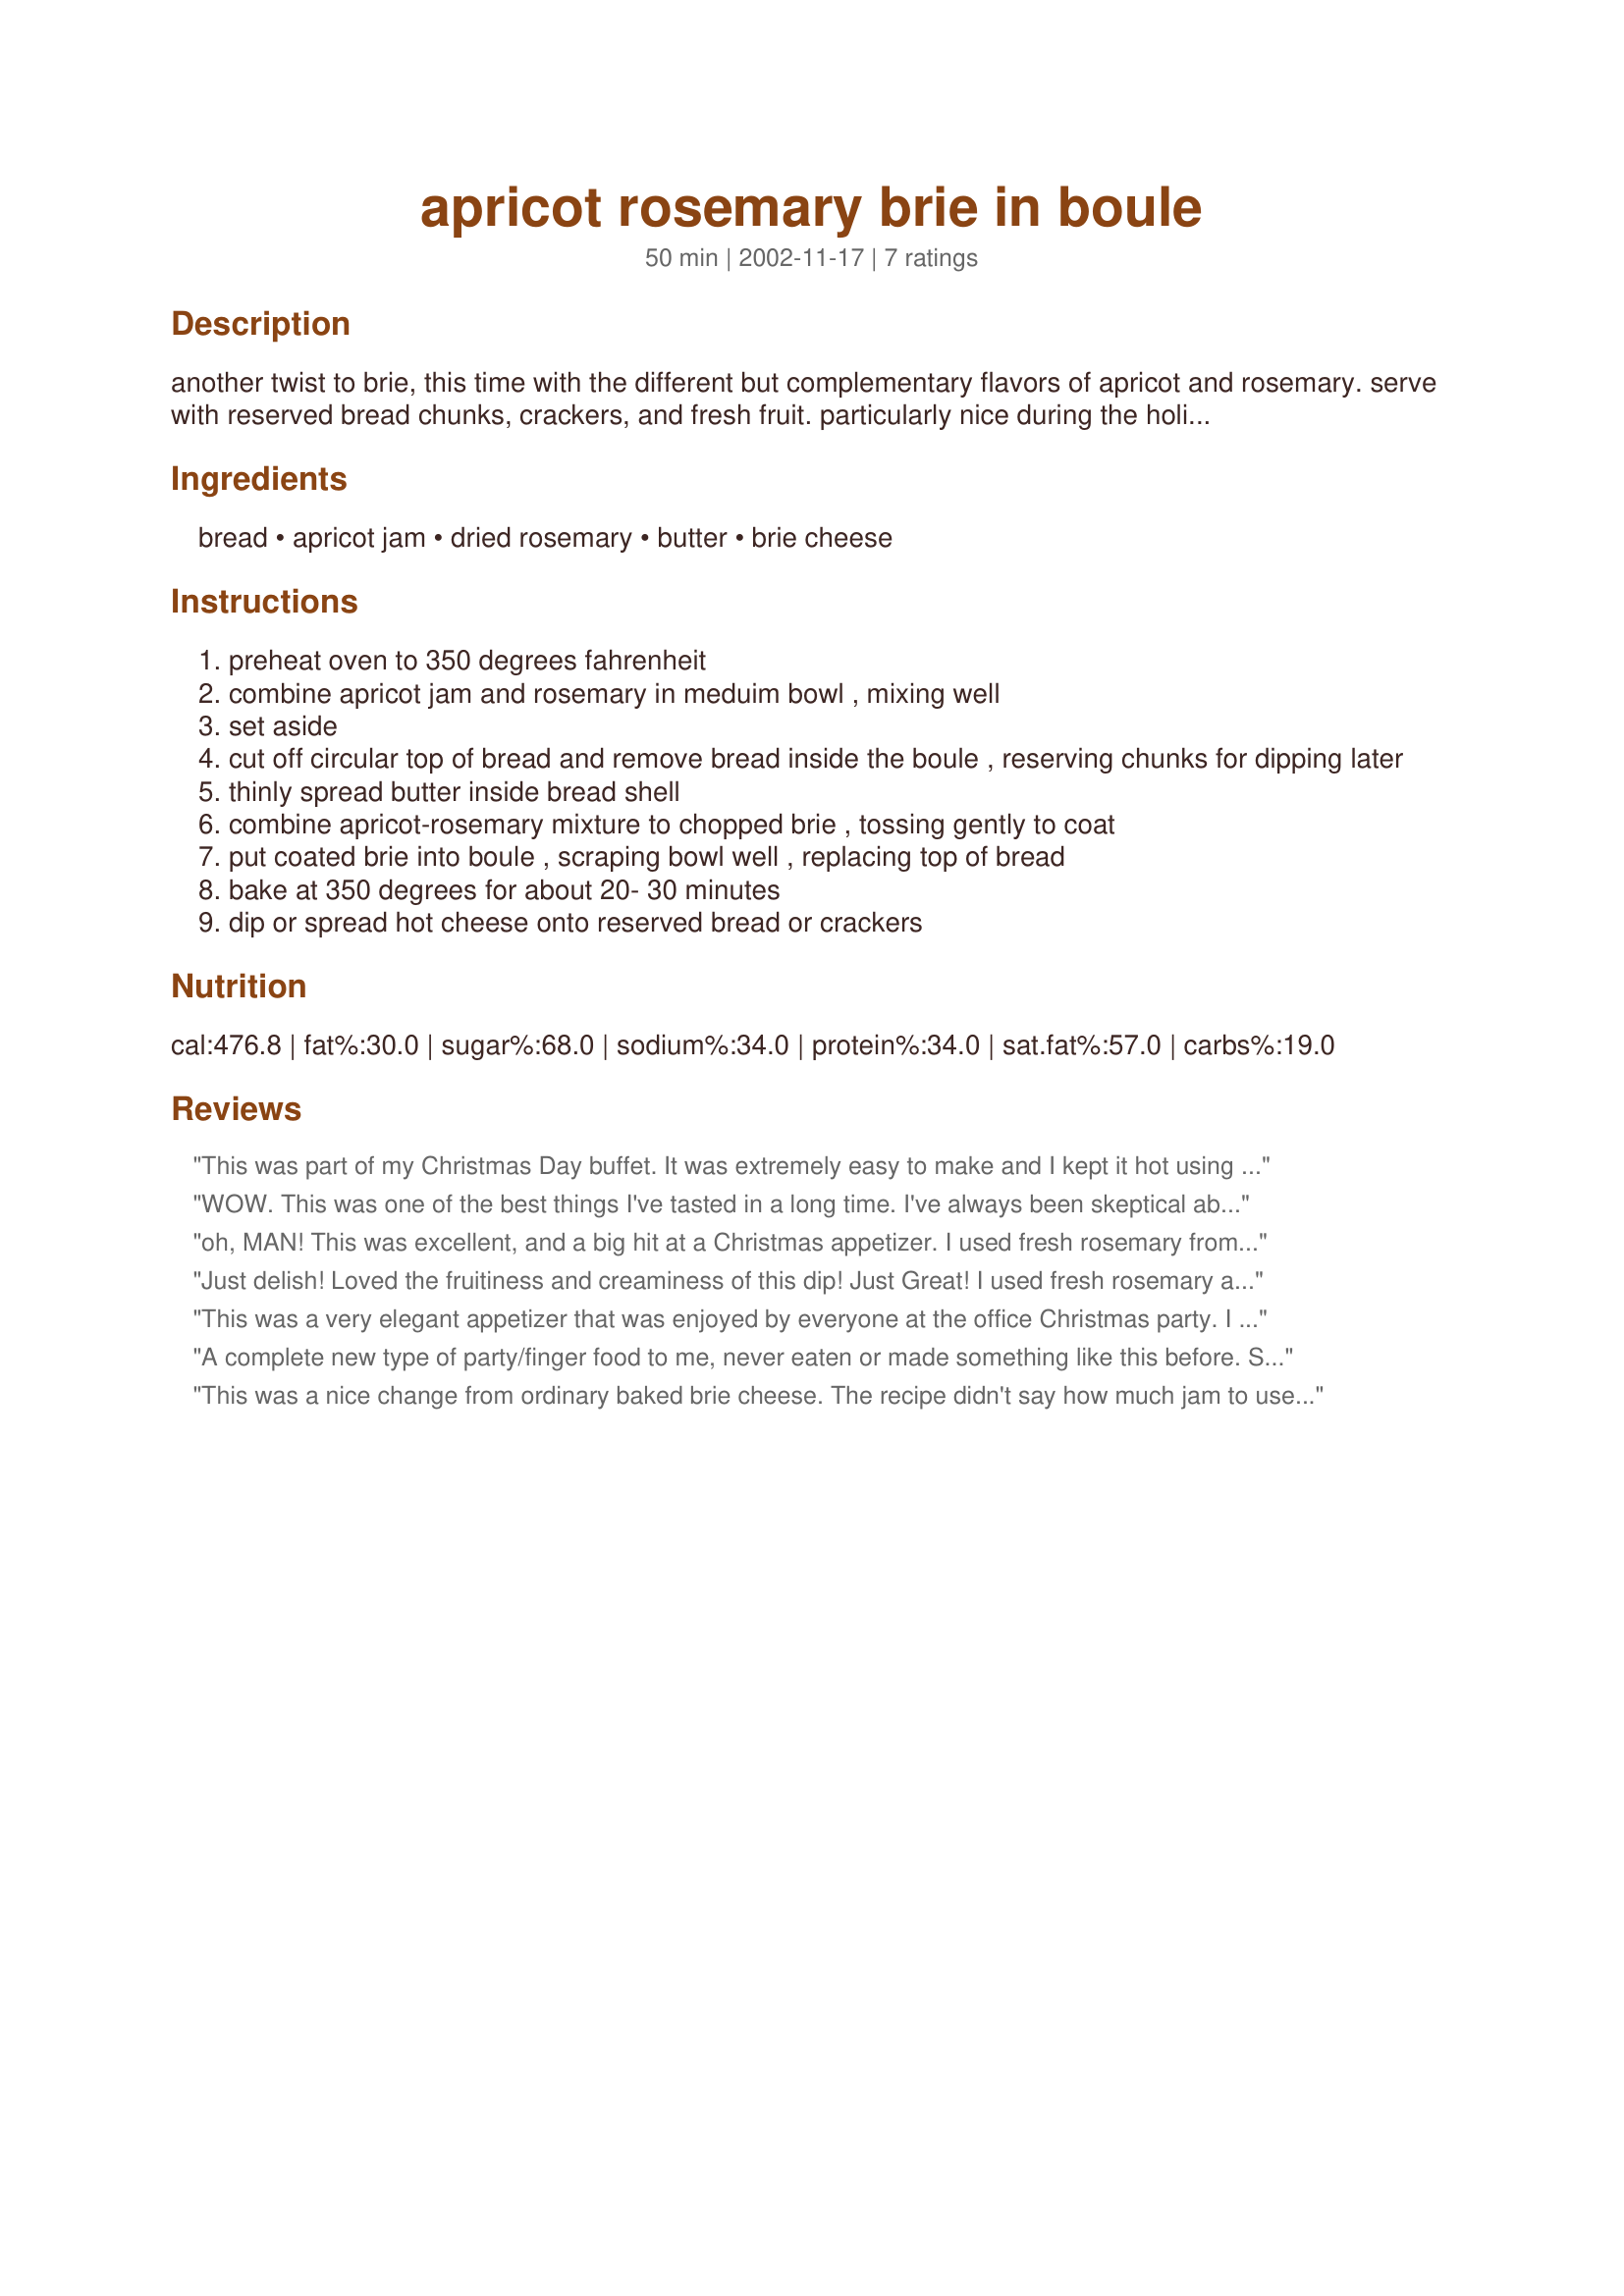
apricot rosemary brie in boule
Preparation time: 50 minutes

another twist to brie, this time with the different but complementary flavors of apricot and rosemary. serve with reserved bread chunks, crackers, and fresh fruit. particularly nice during the holidays, cocktail parties, bridal showers, or casual get togethers with friends.

Ingredients:
bread, apricot jam, dried rosemary, butter, brie cheese

Steps:
preheat oven to 350 degrees fahrenheit
combine apricot jam and rosemary in meduim bowl , mixing well
set aside
cut off circular top of bread and remove bread inside the boule , reserving chunks for dipping later
thinly spread butter inside bread shell
combine apricot-rosemary mixture to chopped brie , tossing gently to coat
put coated brie into boule , scraping bowl well , replacing top of bread
bake at 350 degrees for about 20- 30 minutes
dip or spread hot cheese onto reserved bread or crackers

Reviews:
This was part of my Christmas Day buffet. It was extremely easy to make and I kept it hot using a roaster half filled with water. All the grocery stores where out of fresh rosemary so I used the dried. It still turned out great and everyone loved it. There was just a very little left over which result in quite a discussion as who got to take it home with them.
WOW. This was one of the best things I've tasted in a long time. I've always been skeptical about the brie/jam combo, but it really works. I took it to a party, and the e-mail requests for the recipe are still coming in. This is my new default appie for parties and potluck. I used fresh rosemary (important I think), a small (12 oz?) jar of apr preserves, and 16 oz of brie, not 8.
oh, MAN! This was excellent, and a big hit at a Christmas appetizer. I used fresh rosemary from the garden, and sugar-free apricot jam. Instead of using better, I used butter-flavored Pam. This was an impressive, attractive and delicious appetizer.....even my picky kids liked it!
Just delish! Loved the fruitiness and creaminess of this dip! Just Great! I used fresh rosemary and I used only 1 teaspoon which I found to be plenty!
This was a very elegant appetizer that was enjoyed by everyone at the office Christmas party. I did end up using quite a bit more cheese - maybe 15 or 18 oz - a small jar of apricot preserves, and fresh rosemary. It seemed well balanced with those amounts. Exceedingly yummy stuff!
A complete new type of party/finger food to me, never eaten or made something like this before. Served it on a sunny afternoon in the garden and everybody enjoyed it. The only thing I added were some chili flakes, that worked well with the sweetness of the apricot preserve. The brie I used was a mature one which has a stronger flavor then the young brie.
This was a nice change from ordinary baked brie cheese. The recipe didn't say how much jam to use and, since I didn't want it too sweet, I used maybe half a cup. The rosemary (and I think it would have to be fresh) complimented the cheese and apricot flavours very well. I wrapped the bread in aluminum foil. This made a really nice presentation! Thank you Lizzie-Babette!
